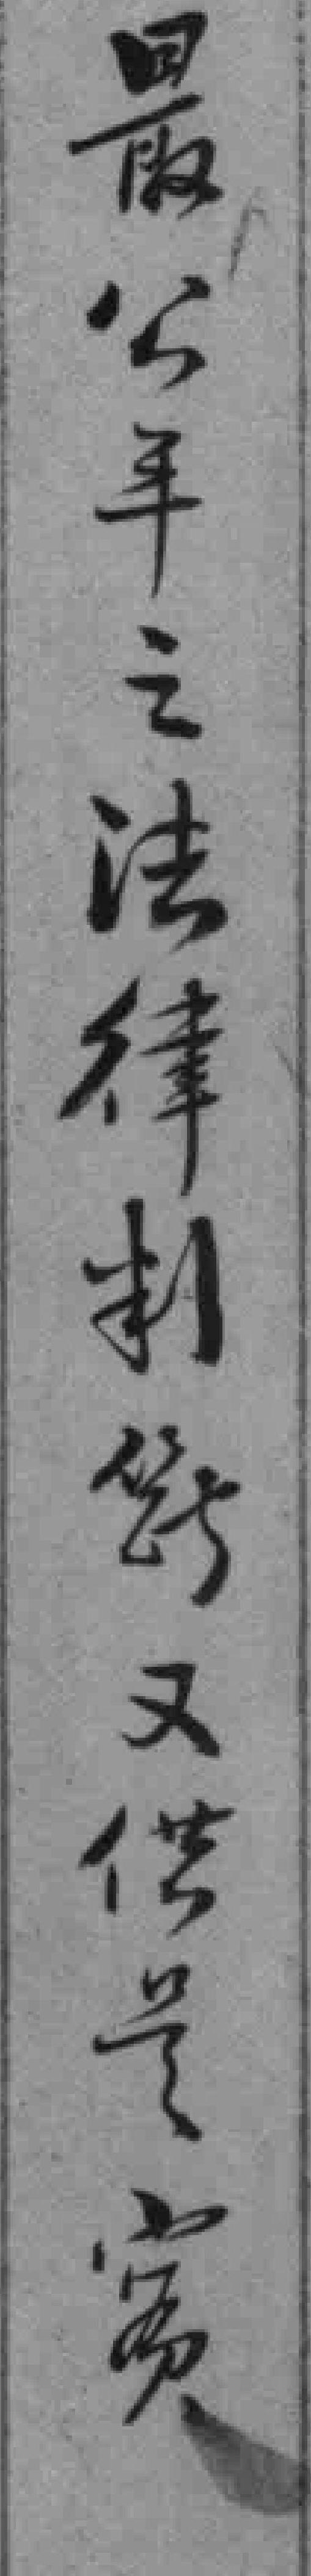
最公平之法律制*又供号*